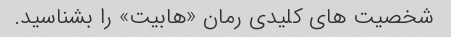
شخصیت های کلیدی رمان «هابیت» را بشناسید.